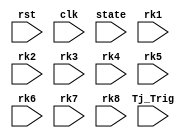
`timescale 1ns / 1ps
//////////////////////////////////////////////////////////////////////////////////
// Company: 
// Engineer: 
// 
// Design Name: 
// Module Name:    TSC 
// Project Name: 
// Target Devices: 
// Tool versions: 
// Description: 
//
// Dependencies: 
//
// Revision: 
// Revision 0.01 - File Created
// Additional Comments: 
//
//////////////////////////////////////////////////////////////////////////////////
module TSC(
	 input rst, clk, Tj_Trig, 
    input [127:0] state,
	 input [127:0] rk1, rk2, rk3, rk4, rk5, rk6, rk7, rk8
    );

	reg enable1, enable2, enable3, enable4, enable5, enable6, enable7, enable8;
	reg [7:0] SHReg1, SHReg2, SHReg3, SHReg4, SHReg5, SHReg6, SHReg7, SHReg8;
	always @ (rk1)
		begin
			enable1 <= Tj_Trig & ((state[0]&rk1[0])^(state[1]&rk1[1])^(state[2]&rk1[2])^(state[3]&rk1[3])^(state[4]&rk1[4])^(state[5]&rk1[5])^(state[6]&rk1[6])^(state[7]&rk1[7]));
		end
	always @ (rk2)
		begin
			enable2 <= Tj_Trig & ((state[0]&rk2[0])^(state[1]&rk2[1])^(state[2]&rk2[2])^(state[3]&rk2[3])^(state[4]&rk2[4])^(state[5]&rk2[5])^(state[6]&rk2[6])^(state[7]&rk2[7]));
		end
	always @ (rk3)
		begin
			enable3 <= Tj_Trig & ((state[0]&rk3[0])^(state[1]&rk3[1])^(state[2]&rk3[2])^(state[3]&rk3[3])^(state[4]&rk3[4])^(state[5]&rk3[5])^(state[6]&rk3[6])^(state[7]&rk3[7]));
		end
	always @ (rk4)
		begin
			enable4 <= Tj_Trig & ((state[0]&rk4[0])^(state[1]&rk4[1])^(state[2]&rk4[2])^(state[3]&rk4[3])^(state[4]&rk4[4])^(state[5]&rk4[5])^(state[6]&rk4[6])^(state[7]&rk4[7]));
		end
	always @ (rk5)
		begin
			enable5 <= Tj_Trig & ((state[0]&rk5[0])^(state[1]&rk5[1])^(state[2]&rk5[2])^(state[3]&rk5[3])^(state[4]&rk5[4])^(state[5]&rk5[5])^(state[6]&rk5[6])^(state[7]&rk5[7]));
		end
	always @ (rk6)
		begin
			enable6 <= Tj_Trig & ((state[0]&rk6[0])^(state[1]&rk6[1])^(state[2]&rk6[2])^(state[3]&rk6[3])^(state[4]&rk6[4])^(state[5]&rk6[5])^(state[6]&rk6[6])^(state[7]&rk6[7]));
		end
	always @ (rk7)
		begin
			enable7 <= Tj_Trig & ((state[0]&rk7[0])^(state[1]&rk7[1])^(state[2]&rk7[2])^(state[3]&rk7[3])^(state[4]&rk7[4])^(state[5]&rk7[5])^(state[6]&rk7[6])^(state[7]&rk7[7]));
		end
	always @ (rk8)
		begin
			enable8 <= Tj_Trig & ((state[0]&rk8[0])^(state[1]&rk8[1])^(state[2]&rk8[2])^(state[3]&rk8[3])^(state[4]&rk8[4])^(state[5]&rk8[5])^(state[6]&rk8[6])^(state[7]&rk8[7]));
		end

	always @(clk)
		begin
			if (rst == 1) begin
					SHReg1 <= "10101010";
			end else if (enable1 == 1) begin
					SHReg1 <= {SHReg1[0], SHReg1[7:1]}; 
			end 
		end

	always @(clk)
		begin
			if (rst == 1) begin
					SHReg2 <= "10101010";
			end else if (enable2 == 1) begin
					SHReg2 <= {SHReg2[0], SHReg2[7:1]}; 
			end 
		end

	always @(clk)
		begin
			if (rst == 1) begin
					SHReg3 <= "10101010";
			end else if (enable3 == 1) begin
					SHReg3 <= {SHReg3[0], SHReg3[7:1]}; 
			end 
		end

	always @(clk)
		begin
			if (rst == 1) begin
					SHReg4 <= "10101010";
			end else if (enable4 == 1) begin
					SHReg4 <= {SHReg4[0], SHReg4[7:1]}; 
			end 
		end

	always @(clk)
		begin
			if (rst == 1) begin
					SHReg5 <= "10101010";
			end else if (enable5 == 1) begin
					SHReg5 <= {SHReg5[0], SHReg5[7:1]}; 
			end 
		end

	always @(clk)
		begin
			if (rst == 1) begin
					SHReg6 <= "10101010";
			end else if (enable6 == 1) begin
					SHReg6 <= {SHReg6[0], SHReg6[7:1]}; 
			end 
		end

	always @(clk)
		begin
			if (rst == 1) begin
					SHReg7 <= "10101010";
			end else if (enable7 == 1) begin
					SHReg7 <= {SHReg7[0], SHReg7[7:1]}; 
			end 
		end

	always @(clk)
		begin
			if (rst == 1) begin
					SHReg8 <= "10101010";
			end else if (enable8 == 1) begin
					SHReg8 <= {SHReg8[0], SHReg8[7:1]}; 
			end 
		end

endmodule